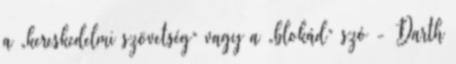
a „kereskedelmi szövetség” vagy a „blokád” szó - Darth